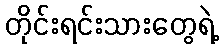
တိုင်းရင်းသားတွေရဲ့